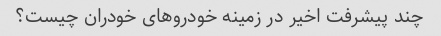
چند پیشرفت اخیر در زمینه خودروهای خودران چیست؟